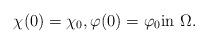
LaTeX: \begin{align*} \chi(0) = \chi_0, \varphi(0) = \varphi_0 \textrm{in $\Omega$}.\end{align*}